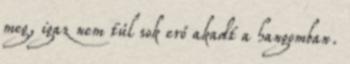
meg, igaz nem túl sok erő akadt a hangomban.